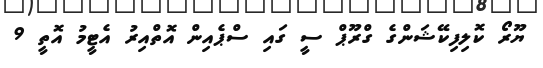
ޔޫރޯ ކޮލިފިކޭޝަންގެ ގްރޫޕް ސީ ގައި ސްޕެއިން އޮތްއިރު އެޓީމު އޮތީ 9